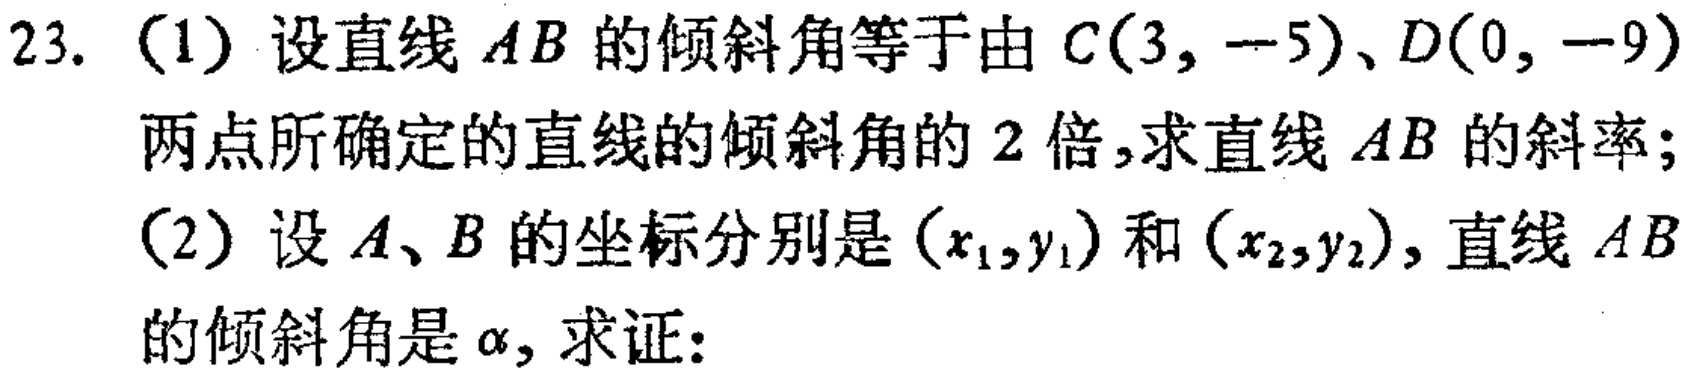
23. (1) 设直线 \(AB\) 的倾斜角等于由 \(C(3, - 5)\)、\(D(0, - 9)\) 两点所确定的直线的倾斜角的 \(2\) 倍，求直线 \(AB\) 的斜率；
(2) 设 \(A\)、\(B\) 的坐标分别是 \((x_1,y_1)\) 和 \((x_2,y_2)\)，直线 \(AB\) 的倾斜角是 \(\alpha\)，求证：